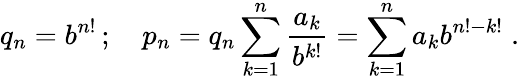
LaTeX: q_{n}=b^{n!}\, ;\quad p_{n}=q_{n}\sum_{k=1}^{n}{\frac{a_{k}}{b^{k!}}}=\sum_{k=1}^{n}{a_{k}}{b^{n!-k!}}\; .